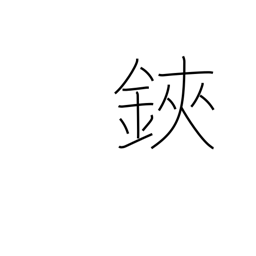
Meaning: scissors